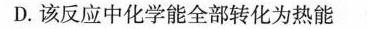
D.该反应中化学能全部转化为热能